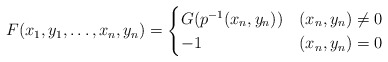
\begin{align*}F(x_{1}, y_{1}, \dots, x_{n}, y_{n})=\begin{cases}G(p^{-1}(x_{n}, y_{n})) & (x_{n}, y_{n})\ne 0 \\-1 & (x_{n}, y_{n})= 0\end{cases}\end{align*}